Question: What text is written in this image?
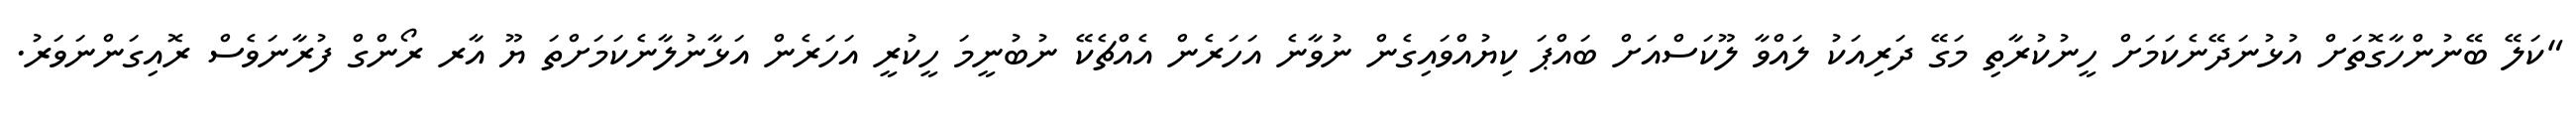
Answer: "ކަލޭ ބޭނުންހާގޮތަށް އުޅުނަދޭނެކަމަށް ހީނުކުރާތި މަގޭ ދަރިއަކު ލައްވާ ލޫކަސްއަށް ބައްޕަ ކިޔުއްވައިގެން ނުވާނެ އަހަރެން އެއްޗެކޭ ނުބުނީމަ ހީކުރީ އަހަރެން އަޅާނުލާނެކަމަށްތަ ޔޫ އާރ ރޯންގް ފުރާނަވެސް ރޮއިގަންނަވަރު.